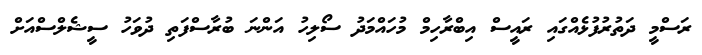
ރަސްމީ ދަތުރުފުޅެއްގައި ރައީސް އިބްރާހިމް މުހައްމަދު ސޯލިހު އަންނަ ބުރާސްފަތި ދުވަހު ސީޝެލްސްއަށް